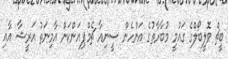
ބީޗް ވޮލީބޯލްގެ ގައުމީ މުބާރާތުގެ އަންހެން ސީނިއާ ޗެމްޕިއަންކަން އާމިނަތު އަރީޝާ އާއި